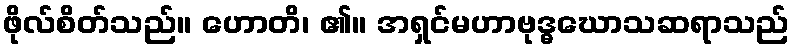
ဖိုလ်စိတ်သည်။ ဟောတိ၊ ၏။ အရှင်မဟာဗုဒ္ဓဃောသဆရာသည်